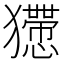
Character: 𤣇